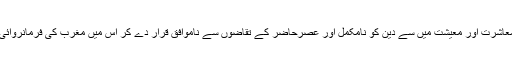
تعلیم، سیاست، معاشرت اور معیشت میں سے دین کو نامکمل اور عصرحاضر کے تقاضوں سے ناموافق قرار دے کر اس میں مغرب کی فرمانروائی قبول کرلی ہے۔